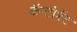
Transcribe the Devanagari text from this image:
कॅन्टोमेंट